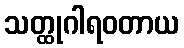
သတ္ထုဂါရဝတာယ